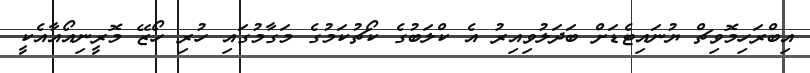
އިބްރަހިމޮވިޗް ޔުނައިޓެޑަށް ބަދަލުވިއިރު އެ ކްލަބުގެ ކޯޗުކަމުގެ މަގާމުގައި ހުރި ހޯޒޭ މޮރީނިއޯއާއެކީ